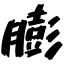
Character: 膨